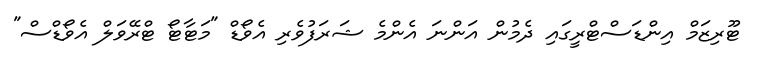
ޓޫރިޒަމް އިންޑަސްޓްރީގައި ދެމުން އަންނަ އެންމެ ޝަރަފުވެރި އެވޯޑް "މަޓާޓޯ ޓްރޭވަލް އެވޯޑްސް"